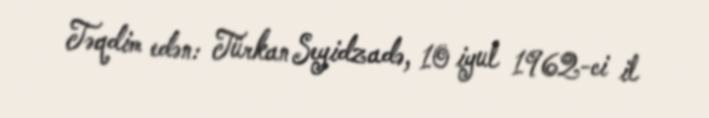
Təqdim edən: Türkan Seyidzadə, 10 iyul 1962-ci il